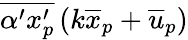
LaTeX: \overline{{\alpha^{\prime}x_{p}^{\prime}}}\left(k\overline{{x}}_{p}+\overline{{u}}_{p}\right)